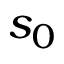
s _ { 0 }